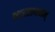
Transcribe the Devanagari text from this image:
भारतायनम्